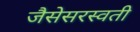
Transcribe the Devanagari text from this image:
जैसेसरस्वती